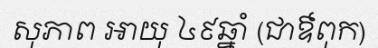
សុភាព អាយុ ៤៩ឆ្នាំ (ជាឳពុក)